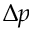
\Delta p